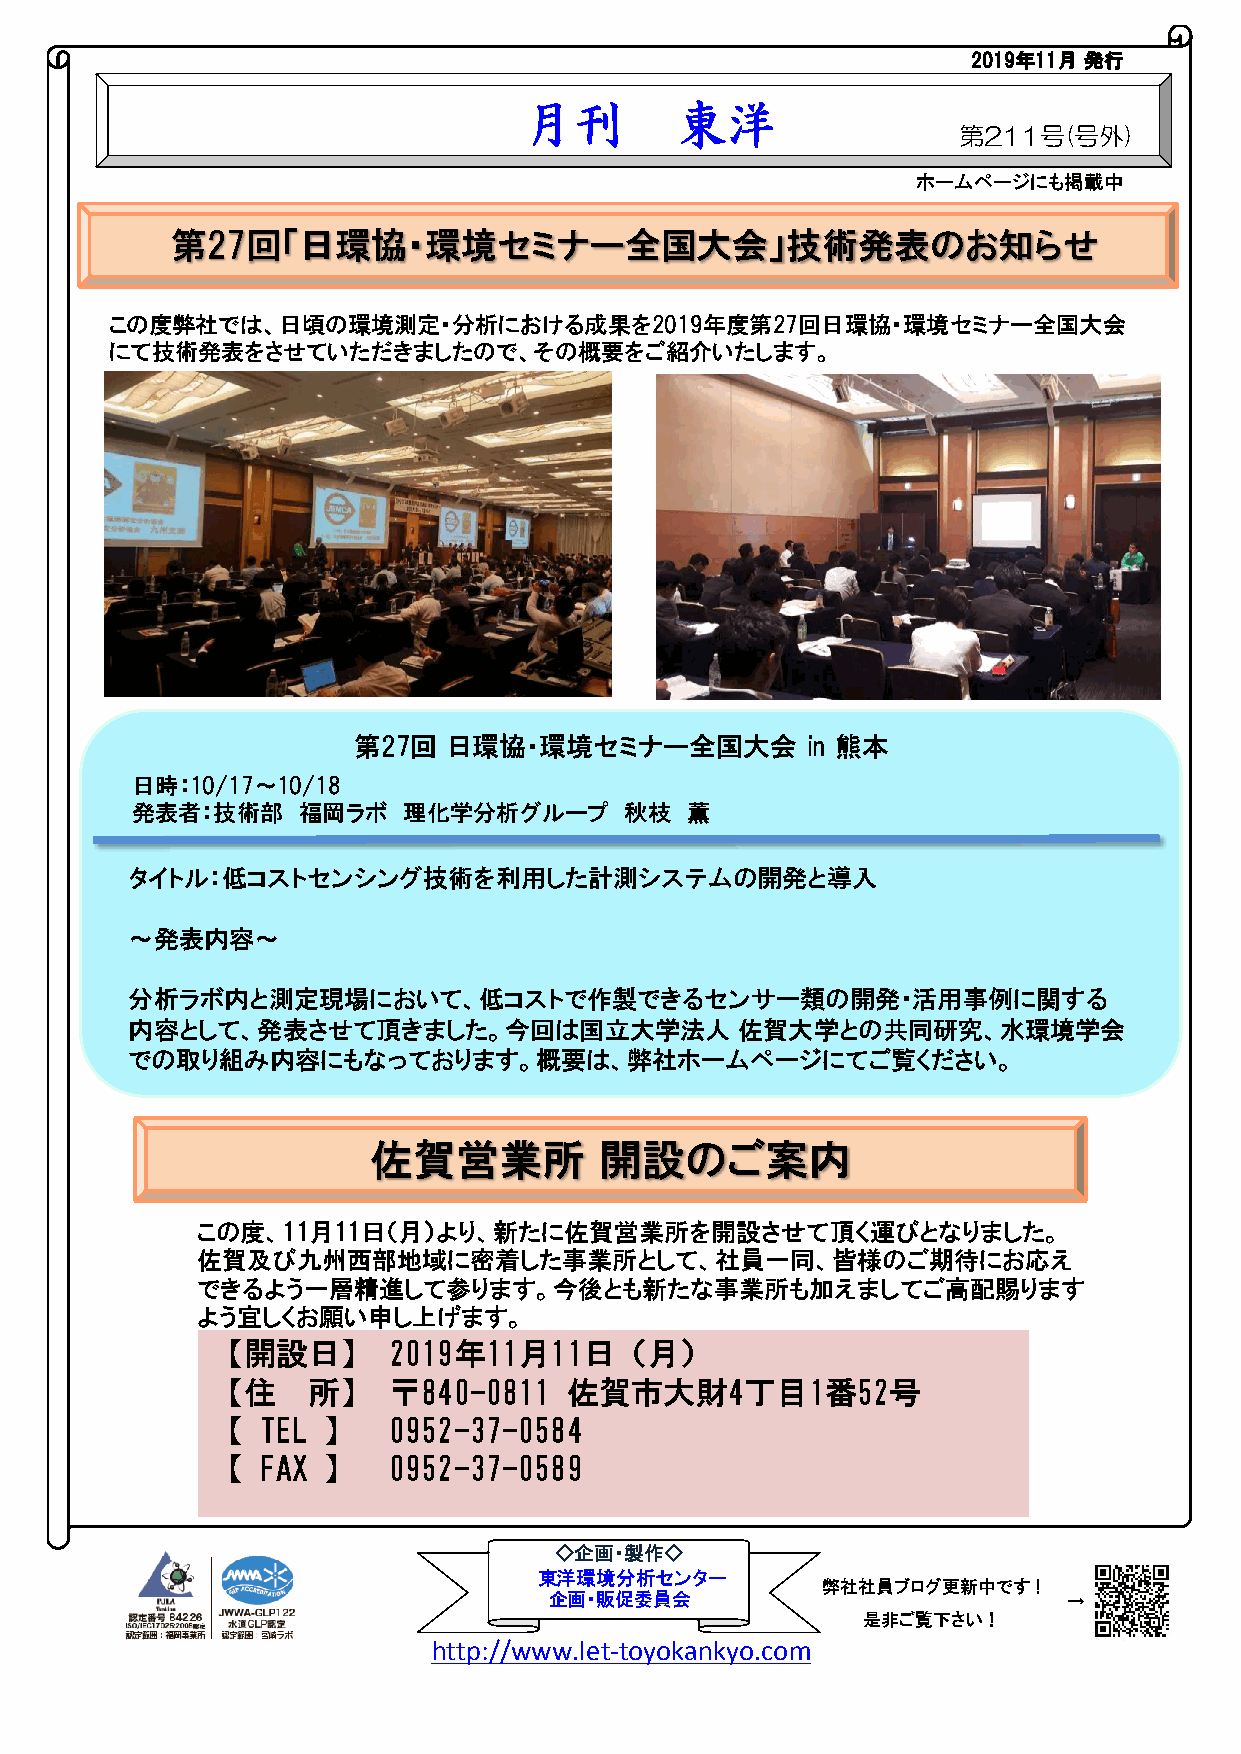
2019年11月 発行
 月刊        東洋
 第211号(号外)
 ホームページにも掲載中
 第27回「日環協・環境セミナー全国大会」技術発表のお知らせ
 この度弊社では、日頃の環境測定・分析における成果を2019年度第27回日環協・環境セミナー全国大会
 にて技術発表をさせていただきましたので、その概要をご紹介いたします。
 第27回   日環協・環境セミナー全国大会         in 熊本
 日時：10/17～10/18
 発表者：技術部    福岡ラボ   理化学分析グループ     秋枝  薫
 タイトル：低コストセンシング技術を利用した計測システムの開発と導入
 ～発表内容～
 分析ラボ内と測定現場において、低コストで作製できるセンサー類の開発・活用事例に関する
 内容として、発表させて頂きました。今回は国立大学法人               佐賀大学との共同研究、水環境学会
 での取り組み内容にもなっております。概要は、弊社ホームページにてご覧ください。
 佐賀営業所           開設のご案内
 この度、11月11日（月）より、新たに佐賀営業所を開設させて頂く運びとなりました。
 佐賀及び九州西部地域に密着した事業所として、社員一同、皆様のご期待にお応え
 できるよう一層精進して参ります。今後とも新たな事業所も加えましてご高配賜ります
 よう宜しくお願い申し上げます。
 【開設日】       2019年11月11日（月）
 【住    所】    〒840-0811  佐賀市大財4丁目1番52号
 【  TEL 】    0952-37-0584
 【  FAX 】    0952-37-0589
 ◇企画・製作◇
 東洋環境分析センター
 弊社社員ブログ更新中です   !
 企画・販促委員会                           → →
 是非ご覧下さい！
 http://www.let-toyokankyo.com